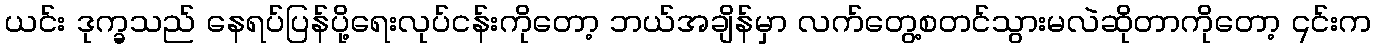
ယင်း ဒုက္ခသည် နေရပ်ပြန်ပို့ရေးလုပ်ငန်းကိုတော့ ဘယ်အချိန်မှာ လက်တွေ့စတင်သွားမလဲဆိုတာကိုတော့ ၎င်းက